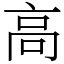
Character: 高